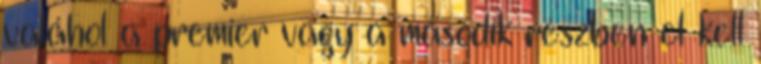
valahol a premier vagy a második részben el kell